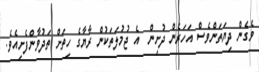
ވެގެން ދިޔަތަންވެސް އަހަރެން ދުށިން  އެ ޖުމުލަތަކުން ރާޔާގެ ހިތަށް ތަދުވާންފެށިއެވެ.